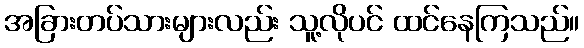
အခြားတပ်သားများလည်း သူ့လိုပင် ထင်နေကြသည်။